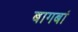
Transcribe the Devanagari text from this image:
बागबां